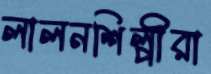
লালনশিল্পীরা